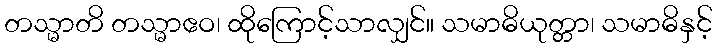
တသ္မာတိ တသ္မာဧဝ၊ ထိုကြောင့်သာလျှင်။ သမာဓိယုတ္တာ၊ သမာဓိနှင့်